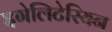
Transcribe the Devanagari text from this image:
इगेलिटेरियन